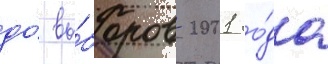
до́ вы́боров 2001 го́да